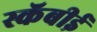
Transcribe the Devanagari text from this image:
स्कॅबीई